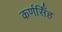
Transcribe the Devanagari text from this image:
कर्णसिँह